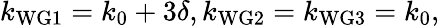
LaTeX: k_{\mathrm{WG1}}=k_{0}+3\delta,k_{\mathrm{WG2}}=k_{\mathrm{WG3}}=k_{0},